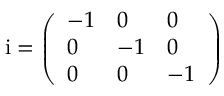
\mathrm { i } = \left( \begin{array} { l l l } { - 1 } & { 0 } & { 0 } \\ { 0 } & { - 1 } & { 0 } \\ { 0 } & { 0 } & { - 1 } \end{array} \right)